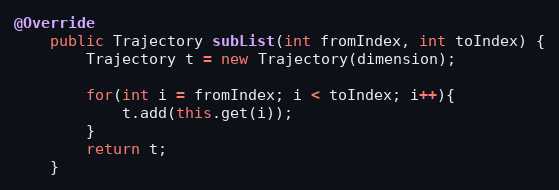
Language: Java
@Override
	public Trajectory subList(int fromIndex, int toIndex) {
		Trajectory t = new Trajectory(dimension);

		for(int i = fromIndex; i < toIndex; i++){
			t.add(this.get(i));
		}
		return t;
	}